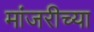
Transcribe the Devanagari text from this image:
मांजरीच्या